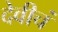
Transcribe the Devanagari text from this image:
देवीचं